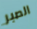
الصبر